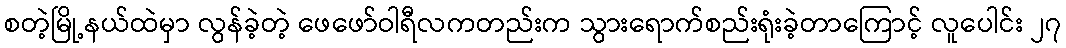
စတဲ့မြို့နယ်ထဲမှာ လွန်ခဲ့တဲ့ ဖေဖော်ဝါရီလကတည်းက သွားရောက်စည်းရုံးခဲ့တာကြောင့် လူပေါင်း ၂၇